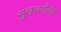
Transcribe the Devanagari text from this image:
सुखावतीव्यूह